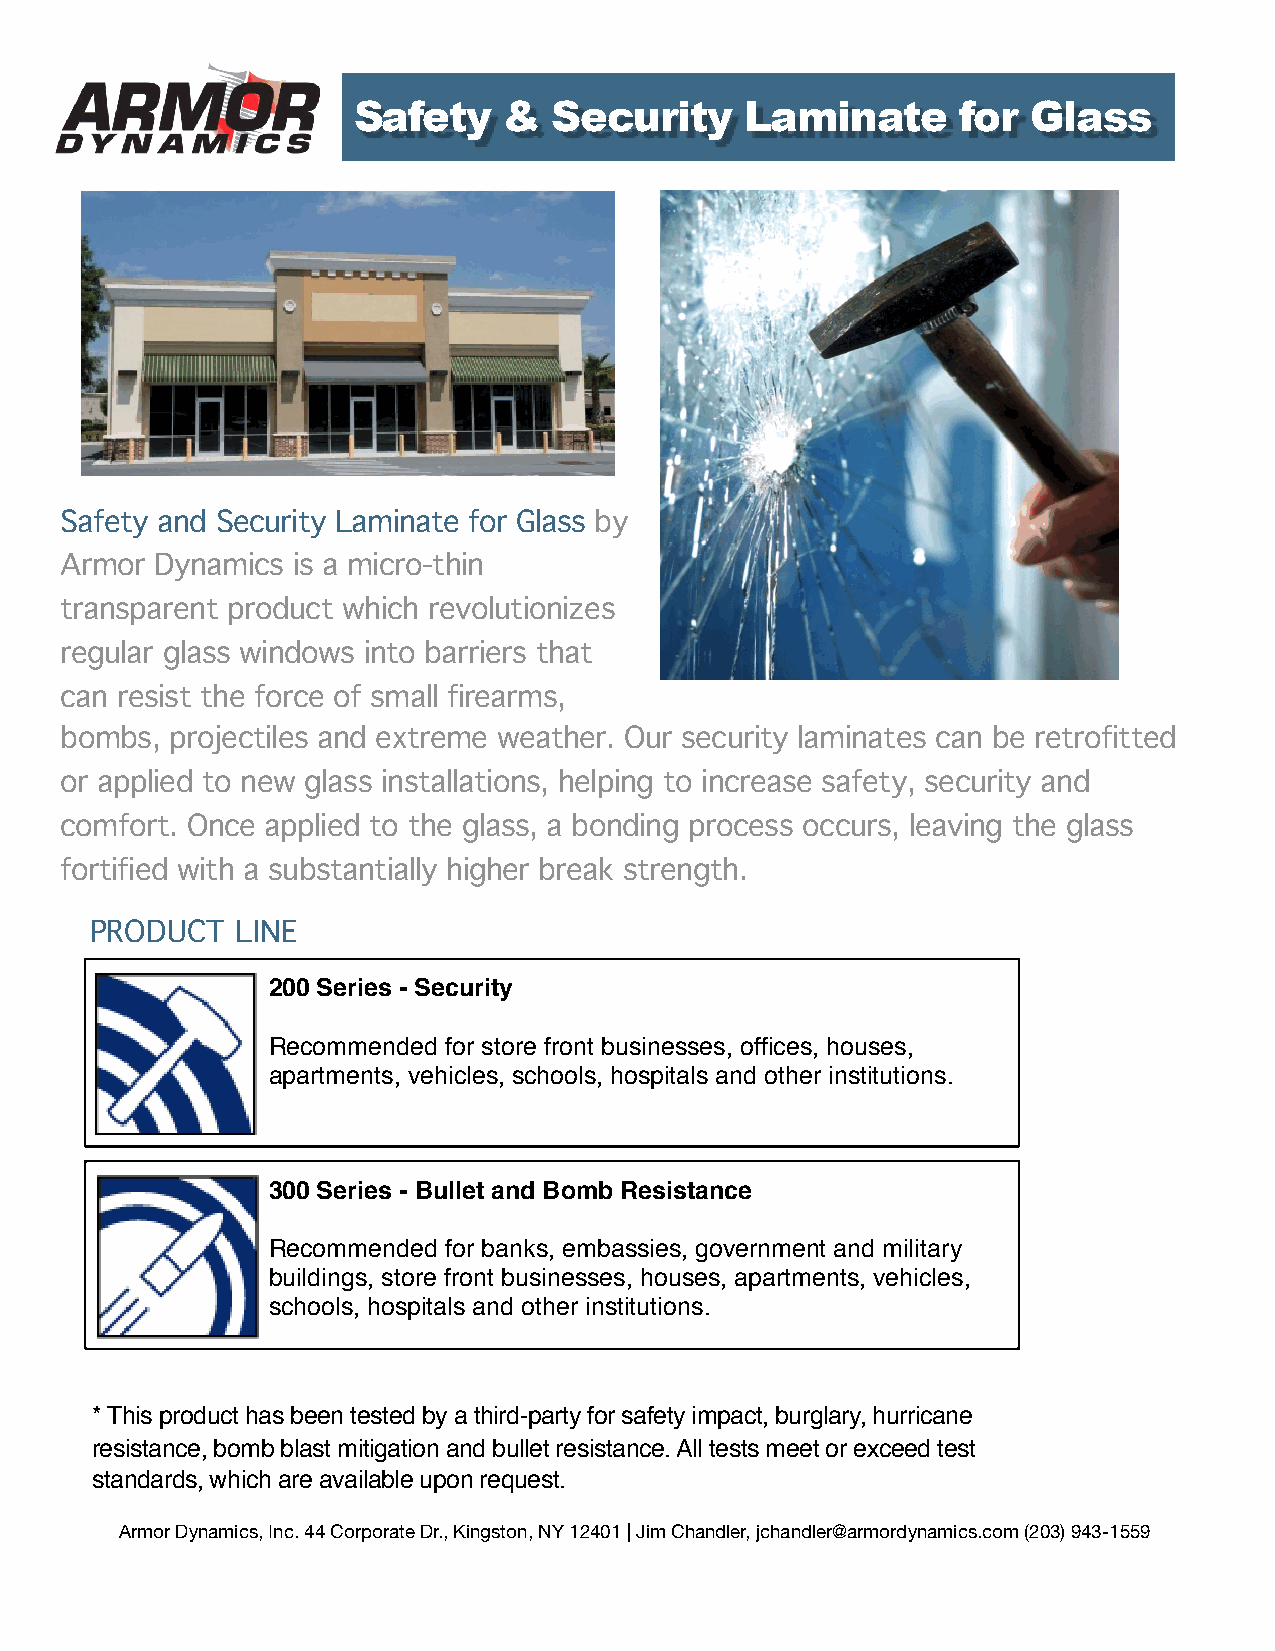
Safety    &   Security    Laminate       for Glass
 Safety and Security Laminate for Glass by
 Armor Dynamics is a micro-thin
 transparent product which revolutionizes
 regular glass windows into barriers that
 can resist the force of small firearms,
 bombs, projectiles and extreme weather. Our security laminates can be retrofitted
 or applied to new glass installations, helping to increase safety, security and
 comfort. Once applied to the glass, a bonding process occurs, leaving the glass
 fortified with a substantially higher break strength.
 PRODUCT   LINE
 200 Series - Security
 Recommended for store front businesses, offices, houses,
 apartments, vehicles, schools, hospitals and other institutions.
 300 Series - Bullet and Bomb Resistance
 Recommended for banks, embassies, government and military
 buildings, store front businesses, houses, apartments, vehicles,
 schools, hospitals and other institutions.
 * This product has been tested by a third-party for safety impact, burglary, hurricane
 resistance, bomb blast mitigation and bullet resistance. All tests meet or exceed test
 standards, which are available upon request.
 Armor Dynamics, Inc. 44 Corporate Dr., Kingston, NY 12401 | Jim Chandler, jchandler@armordynamics.com (203) 943-1559